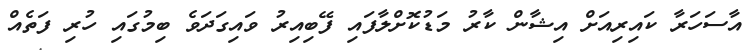
އާސަހަރާ ކައިރިއަށް އިޝާން ކާރު މަޑުކޮށްލާފައި ފޭބިއިރު ވައިގަދަވެ ބިމުގައި ހުރި ފަތެއް